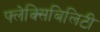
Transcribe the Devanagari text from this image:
फ्लेक्सिबिलिटी